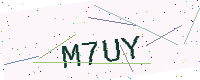
Text: M7UY